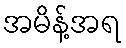
အမိန့်အရ